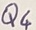
Text: Q4